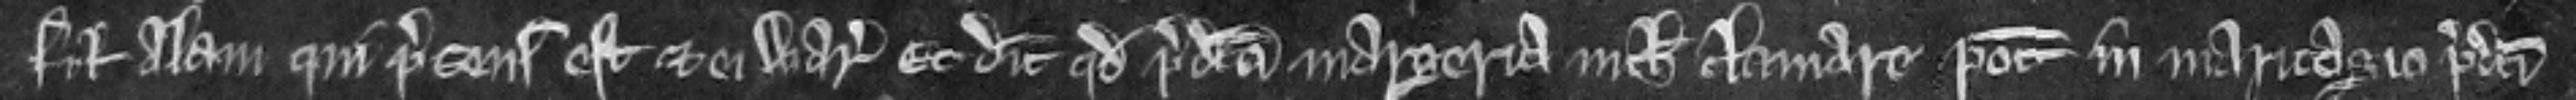
filium Alani qui presens est et ei warantizat. Et dicit quod predicta Margeria nichil clamare    potest in maritagio predicti